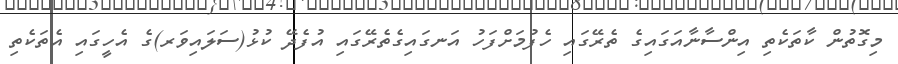
މިގޮތުން ކާތަކެތި އިންސާނާއަގައިގެ ތެރޭގައި ހެފުމަށްފަހު އަނގައިގެތެރޭގައި އުފެދޭ ކުޅު(ސަލައިވަރ)ގެ އެހީގައި އެތަކެތި